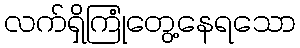
လက်ရှိကြုံတွေ့နေရသော